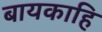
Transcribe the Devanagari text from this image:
बायकाहि